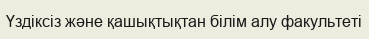
Үздіксіз және қашықтықтан білім алу факультеті